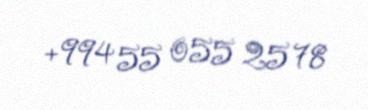
+994 55 055 25 78